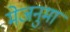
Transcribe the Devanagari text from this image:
मेजनुमा